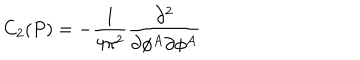
C _ { 2 } ( P ) = - \frac 1 { 4 \pi ^ { 2 } } \frac { \partial ^ { 2 } } { \partial \phi ^ { A } \partial \phi ^ { A } }